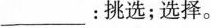
___：挑选；选择。